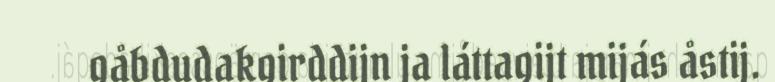
gåbdudakgirddijn ja láttagijt mijás åstij.